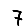
Digit: 7